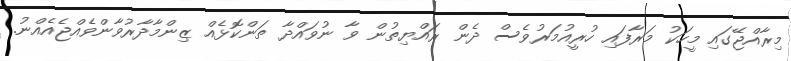
މިރާއްޖޭގައި މީހަކު މަރާފައި ހުރީއުމަރުވެސް ދެން ރައްޔިތުން ވާ ނުވައްދާ ތަންކޮޅެއް ޒިންމާދާރުވާންވެއްޖެއެއްނު.